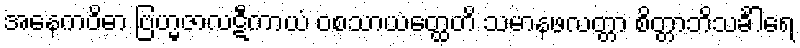
အနေကဝိဓာ ဗြဟ္မဇာလဋီကာယံ ဝစသာယတ္ထေတိ သမာနဖလတ္တာ စိတ္တာဘိသင်္ခါရေ